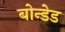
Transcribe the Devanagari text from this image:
बोन्‍डेड